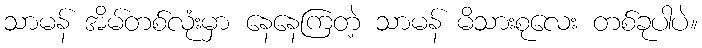
သာမန် အိမ်တစ်လုံးမှာ နေနေကြတဲ့ သာမန် မိသားစုလေး တစ်ခုပါပဲ။